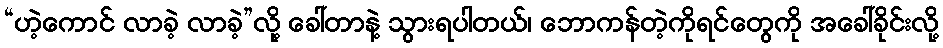
“ဟဲ့ကောင် လာခဲ့ လာခဲ့”လို့ ခေါ်တာနဲ့ သွားရပါတယ်၊ ဘောကန်တဲ့ကိုရင်တွေကို အခေါ်ခိုင်းလို့